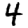
Digit: 4